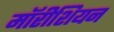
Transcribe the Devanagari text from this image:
मॉरीशियन